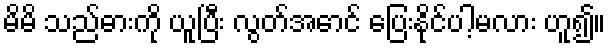
မိမိ သည်ဓားကို ယူပြီး လွတ်အောင် ပြေးနိုင်ပါ့မလား ဟူ၍။